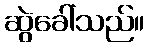
ဆွဲခေါ်သည်။